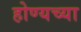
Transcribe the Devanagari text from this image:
होण्यच्या